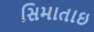
સિમાતાઇ